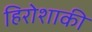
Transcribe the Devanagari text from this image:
हिरोशाकी